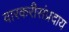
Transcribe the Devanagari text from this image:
वारकरीसंप्रदाय